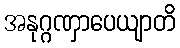
အနုဂ္ဂဏှာပေယျာတိ